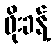
ဖိုးခန့်